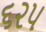
૬૨૫